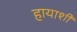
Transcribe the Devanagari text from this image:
हायाशी